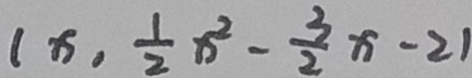
( x , \frac { 1 } { 2 } x ^ { 2 } - \frac { 3 } { 2 } x - 2 )